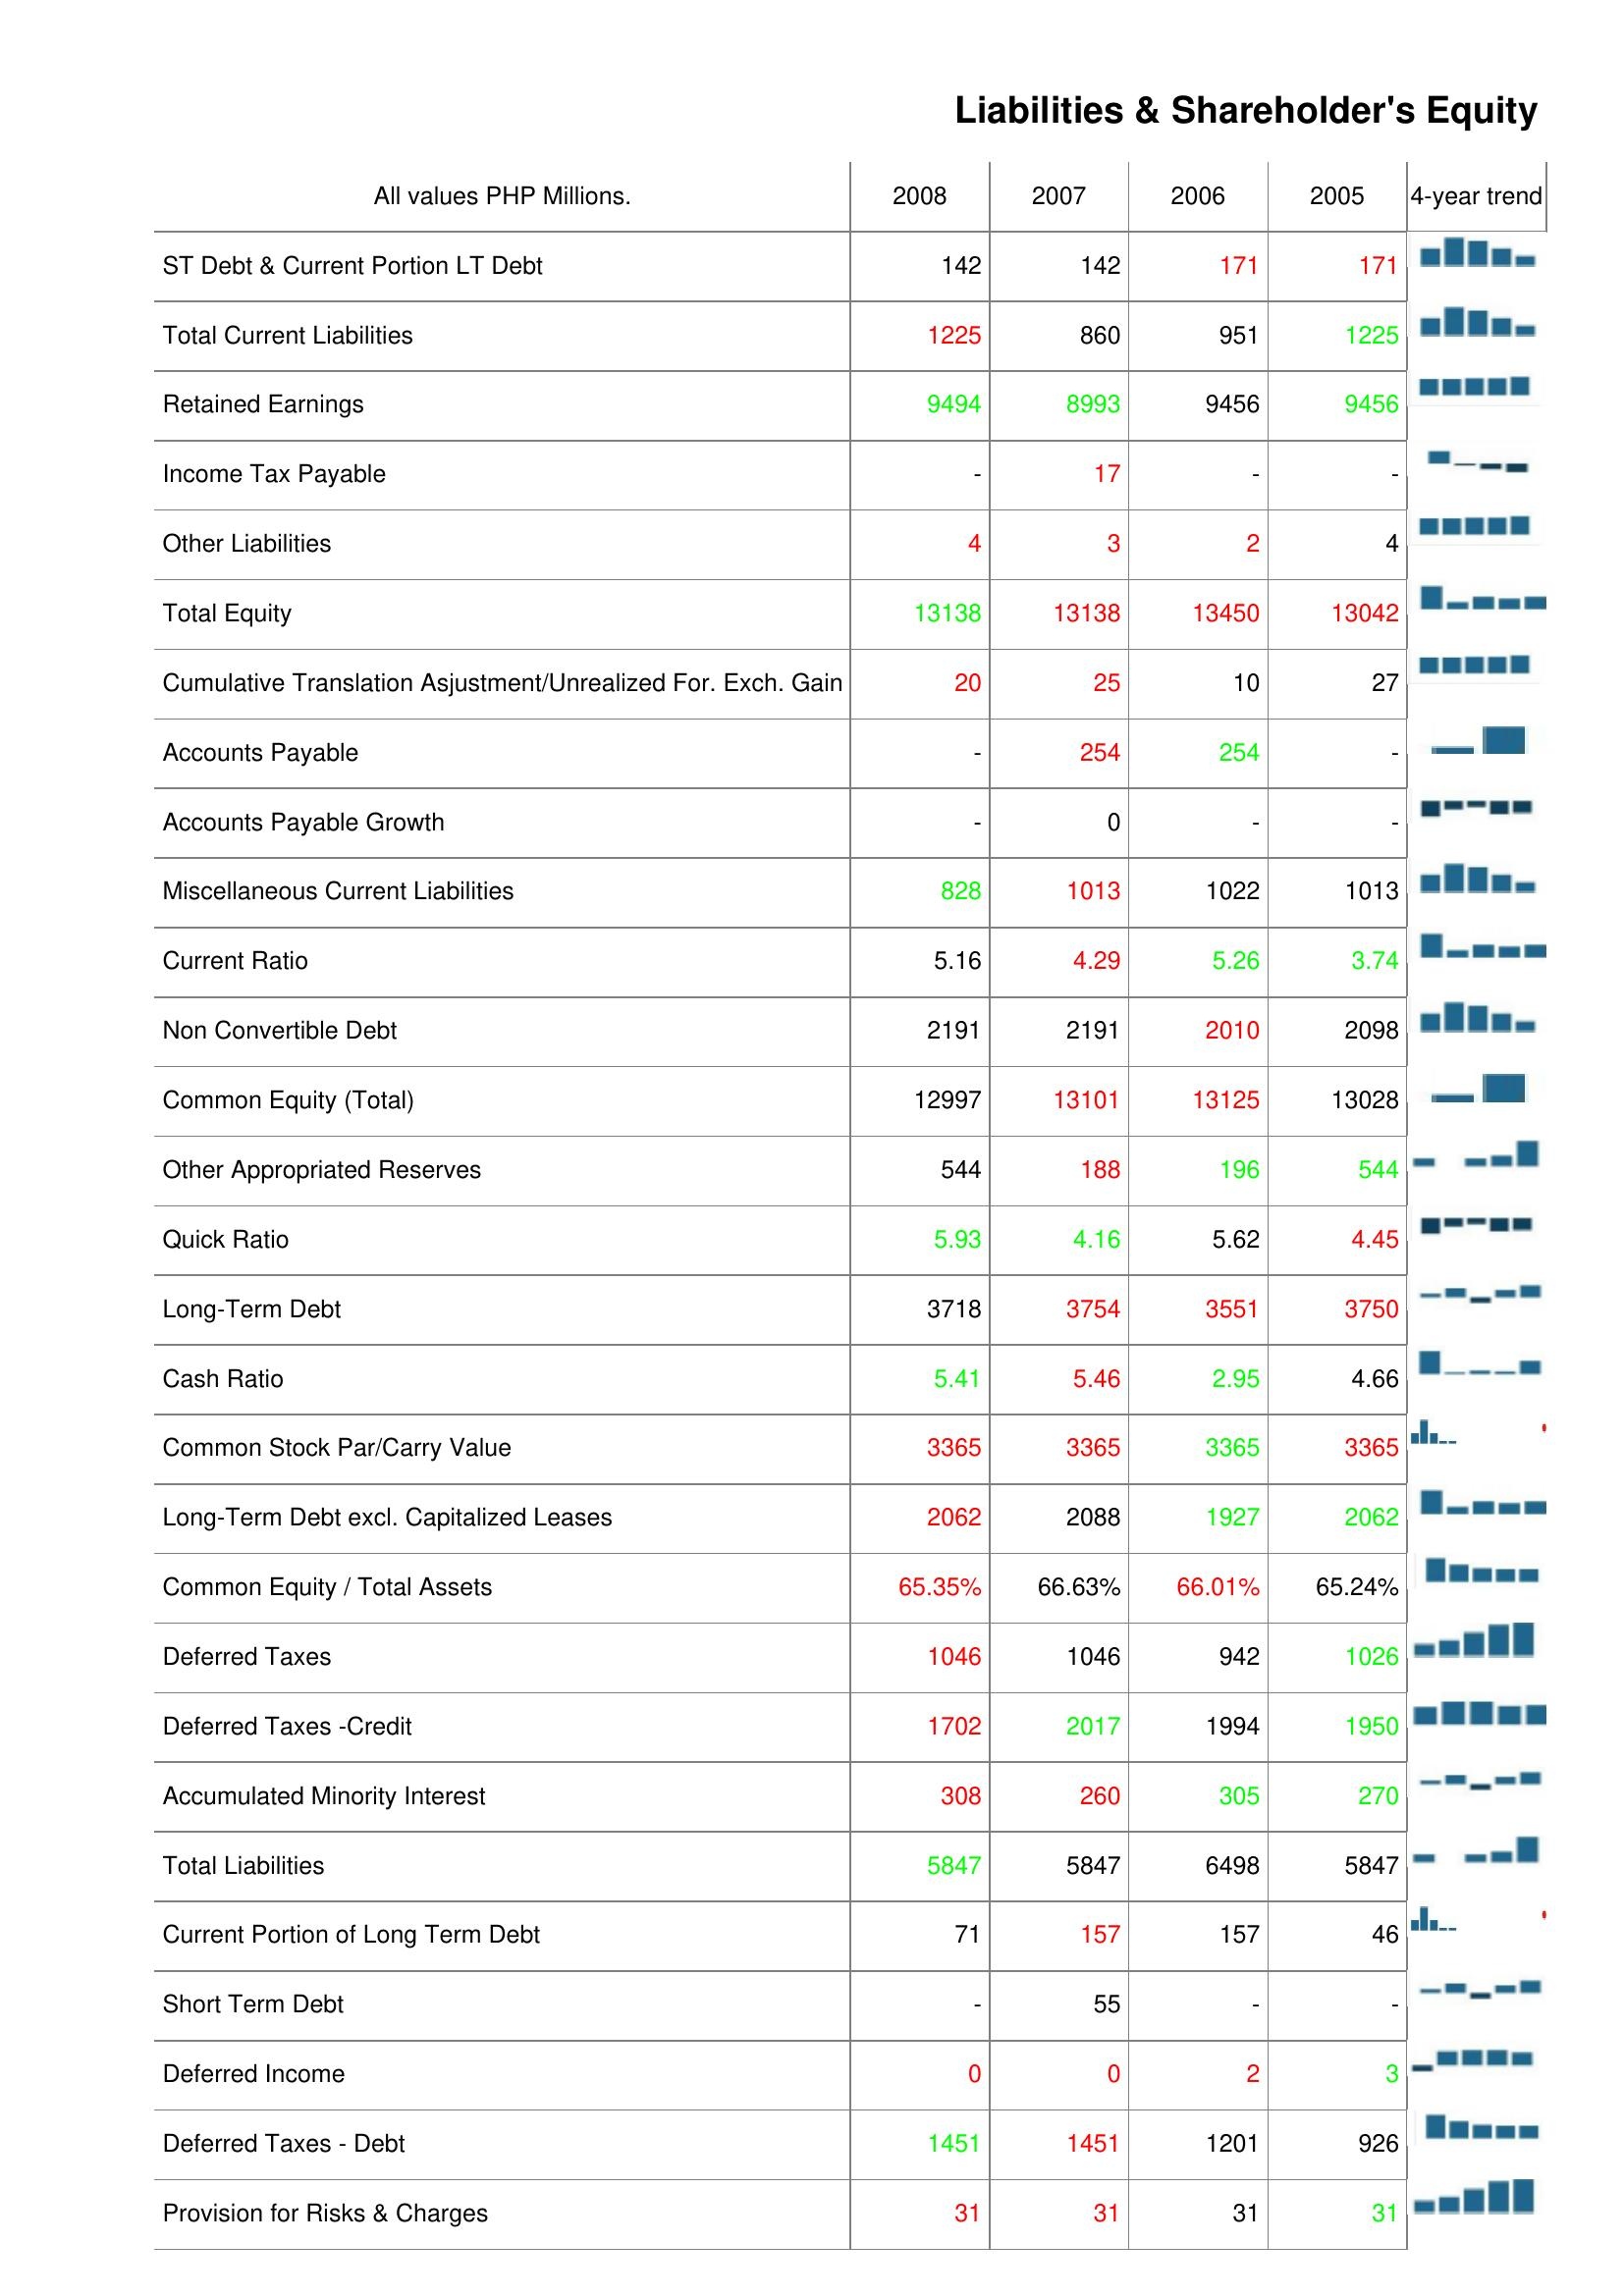
2008: Liabilities & Shareholder's Equity: ST Debt & Current Portion LT Debt: 142
Total Current Liabilities: 1225
Retained Earnings: 9494
Income Tax Payable: -
Other Liabilities: 4
Total Equity: 13138
Cumulative Translation Asjustment/Unrealized For. Exch. Gain: 20
Accounts Payable: -
Accounts Payable Growth: -
Miscellaneous Current Liabilities: 828
Current Ratio: 5.16
Non Convertible Debt: 2191
Common Equity (Total): 12997
Other Appropriated Reserves: 544
Quick Ratio: 5.93
Long-Term Debt: 3718
Cash Ratio: 5.41
Common Stock Par/Carry Value: 3365
Long-Term Debt excl. Capitalized Leases: 2062
Common Equity / Total Assets: 65.35%
Deferred Taxes: 1046
Deferred Taxes -Credit: 1702
Accumulated Minority Interest: 308
Total Liabilities: 5847
Current Portion of Long Term Debt: 71
Short Term Debt: -
Deferred Income: 0
Deferred Taxes - Debt: 1451
Provision for Risks & Charges: 31
2007: Liabilities & Shareholder's Equity: ST Debt & Current Portion LT Debt: 142
Total Current Liabilities: 860
Retained Earnings: 8993
Income Tax Payable: 17
Other Liabilities: 3
Total Equity: 13138
Cumulative Translation Asjustment/Unrealized For. Exch. Gain: 25
Accounts Payable: 254
Accounts Payable Growth: 0
Miscellaneous Current Liabilities: 1013
Current Ratio: 4.29
Non Convertible Debt: 2191
Common Equity (Total): 13101
Other Appropriated Reserves: 188
Quick Ratio: 4.16
Long-Term Debt: 3754
Cash Ratio: 5.46
Common Stock Par/Carry Value: 3365
Long-Term Debt excl. Capitalized Leases: 2088
Common Equity / Total Assets: 66.63%
Deferred Taxes: 1046
Deferred Taxes -Credit: 2017
Accumulated Minority Interest: 260
Total Liabilities: 5847
Current Portion of Long Term Debt: 157
Short Term Debt: 55
Deferred Income: 0
Deferred Taxes - Debt: 1451
Provision for Risks & Charges: 31
2006: Liabilities & Shareholder's Equity: ST Debt & Current Portion LT Debt: 171
Total Current Liabilities: 951
Retained Earnings: 9456
Income Tax Payable: -
Other Liabilities: 2
Total Equity: 13450
Cumulative Translation Asjustment/Unrealized For. Exch. Gain: 10
Accounts Payable: 254
Accounts Payable Growth: -
Miscellaneous Current Liabilities: 1022
Current Ratio: 5.26
Non Convertible Debt: 2010
Common Equity (Total): 13125
Other Appropriated Reserves: 196
Quick Ratio: 5.62
Long-Term Debt: 3551
Cash Ratio: 2.95
Common Stock Par/Carry Value: 3365
Long-Term Debt excl. Capitalized Leases: 1927
Common Equity / Total Assets: 66.01%
Deferred Taxes: 942
Deferred Taxes -Credit: 1994
Accumulated Minority Interest: 305
Total Liabilities: 6498
Current Portion of Long Term Debt: 157
Short Term Debt: -
Deferred Income: 2
Deferred Taxes - Debt: 1201
Provision for Risks & Charges: 31
2005: Liabilities & Shareholder's Equity: ST Debt & Current Portion LT Debt: 171
Total Current Liabilities: 1225
Retained Earnings: 9456
Income Tax Payable: -
Other Liabilities: 4
Total Equity: 13042
Cumulative Translation Asjustment/Unrealized For. Exch. Gain: 27
Accounts Payable: -
Accounts Payable Growth: -
Miscellaneous Current Liabilities: 1013
Current Ratio: 3.74
Non Convertible Debt: 2098
Common Equity (Total): 13028
Other Appropriated Reserves: 544
Quick Ratio: 4.45
Long-Term Debt: 3750
Cash Ratio: 4.66
Common Stock Par/Carry Value: 3365
Long-Term Debt excl. Capitalized Leases: 2062
Common Equity / Total Assets: 65.24%
Deferred Taxes: 1026
Deferred Taxes -Credit: 1950
Accumulated Minority Interest: 270
Total Liabilities: 5847
Current Portion of Long Term Debt: 46
Short Term Debt: -
Deferred Income: 3
Deferred Taxes - Debt: 926
Provision for Risks & Charges: 31